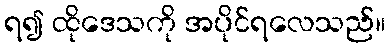
ရ၍ ထိုဒေသကို အပိုင်ရလေသည်။